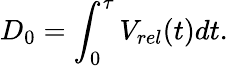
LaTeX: D_{0}=\int_{0}^{\tau}V_{rel}(t)dt.